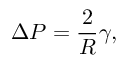
\Delta P = { \frac { 2 } { R } } \gamma ,